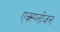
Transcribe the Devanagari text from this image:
एक्स्प्लोजन